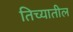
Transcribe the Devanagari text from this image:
तिच्‍यातील